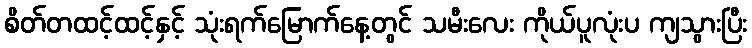
စိတ်တထင့်ထင့်နှင့် သုံးရက်မြောက်နေ့တွင် သမီးလေး ကိုယ်ပူလုံးပ ကျသွားပြီး